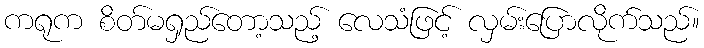
ကရုက စိတ်မရှည်တော့သည့် လေသံဖြင့် လှမ်းပြောလိုက်သည်။